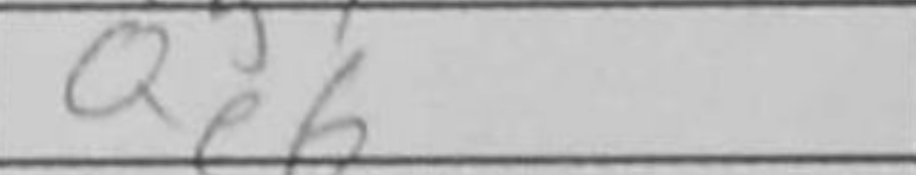
Transcription: Qe6